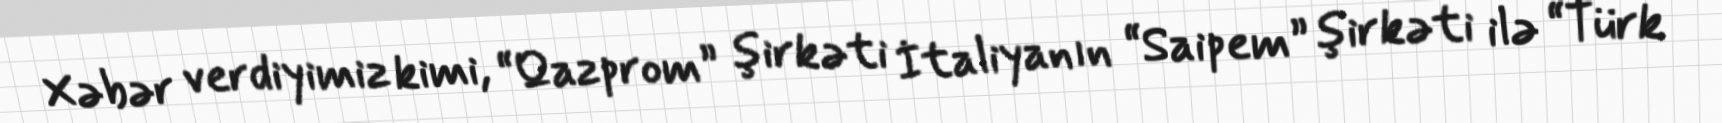
Xəbər verdiyimiz kimi, “Qazprom” şirkəti İtaliyanın “Saipem” şirkəti ilə “Türk